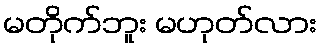
မတိုက်ဘူး မဟုတ်လား